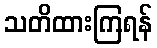
သတိထားကြရန်